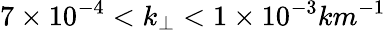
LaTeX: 7\times 10^{-4}<k_{\perp}<1\times 10^{-3}km^{-1}